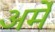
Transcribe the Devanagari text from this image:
अर्मे